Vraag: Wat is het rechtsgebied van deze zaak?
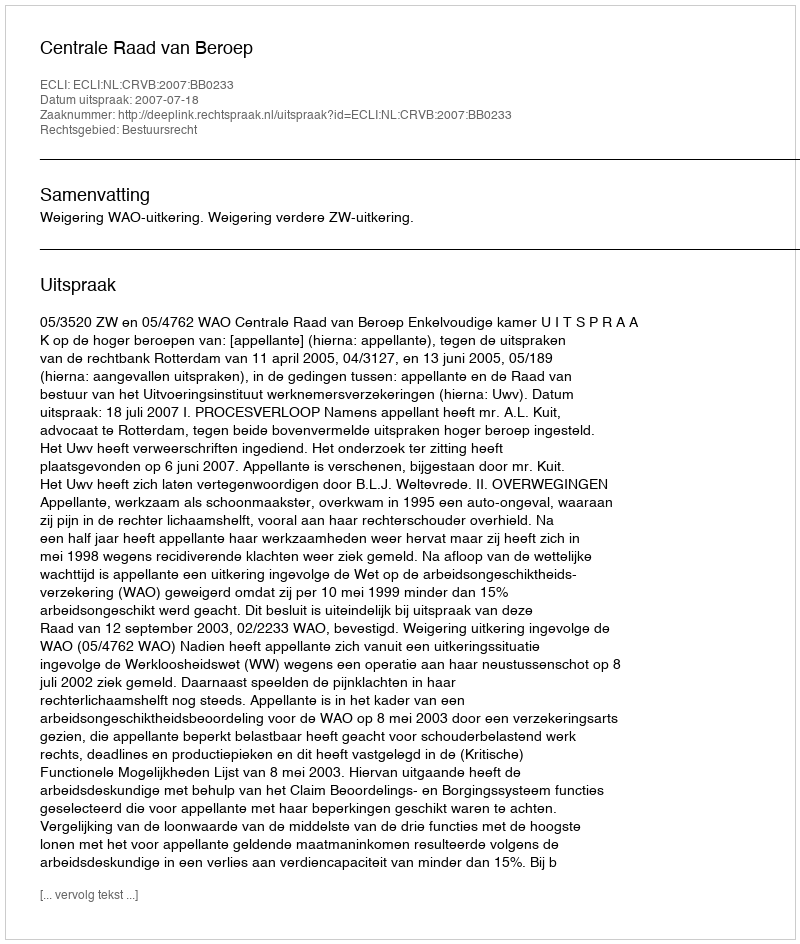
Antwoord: Bestuursrecht